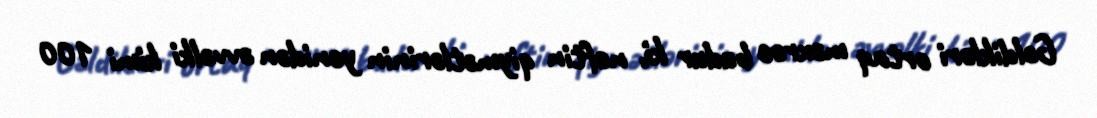
Gəldikləri ortaq məxrəc budur ki, neftin qiymətlərinin yenidən əvvəlki kimi 100